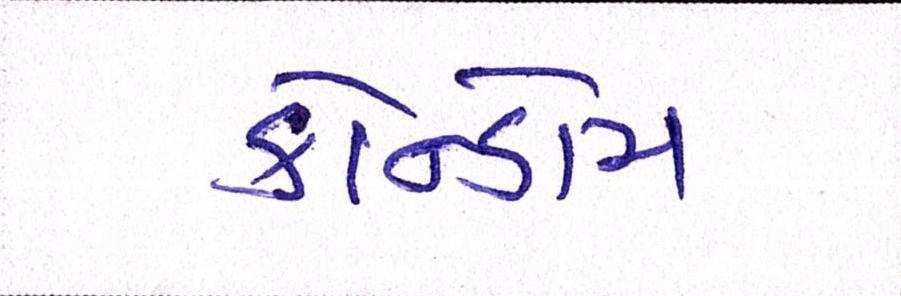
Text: કોન્ડોમ